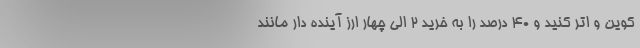
کوین و اتر کنید و ۴۰ درصد را به خرید ۲ الی چهار ارز آینده دار مانند